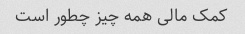
کمک مالی همه چیز چطور است